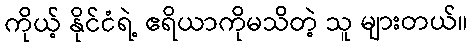
ကိုယ့် နိုင်ငံရဲ့ ဧရိယာကိုမသိတဲ့ သူ များတယ်။